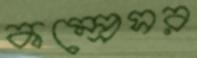
কম্প্রেসর